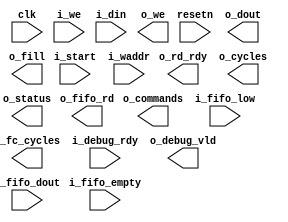
/*******************************************************************************
    Verilog netlist generated by IPGEN Radiant Software (64-bit) 1.1.0.165.1
    Patch Version(s) 6251
    Soft IP Version: 2.0.0
    Wed Jul 17 13:33:31 2019
*******************************************************************************/
/*******************************************************************************
    Wrapper Module generated per user settings.
*******************************************************************************/
module compact_cnn (clk, resetn, o_rd_rdy, i_start, i_we, i_waddr, i_din, o_we,
    o_dout, o_cycles, o_commands, o_fc_cycles, i_debug_rdy, o_debug_vld,
    o_fill, i_fifo_empty, i_fifo_low, o_fifo_rd, i_fifo_dout, o_status)/* synthesis syn_black_box syn_declare_black_box=1 */;
    input  clk;
    input  resetn;
    output  o_rd_rdy;
    input  i_start;
    input  i_we;
    input  [16:0]  i_waddr;
    input  [15:0]  i_din;
    output  o_we;
    output  [15:0]  o_dout;
    output  [31:0]  o_cycles;
    output  [31:0]  o_commands;
    output  [31:0]  o_fc_cycles;
    input  i_debug_rdy;
    output  o_debug_vld;
    output  o_fill;
    input  i_fifo_empty;
    input  i_fifo_low;
    output  o_fifo_rd;
    input  [31:0]  i_fifo_dout;
    output  [7:0]  o_status;
endmodule